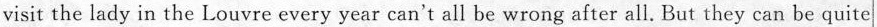
visit the lady in the Louvre every year can't all be wrong after all. But they can be quite